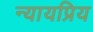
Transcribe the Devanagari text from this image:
न्‍यायप्रिय